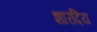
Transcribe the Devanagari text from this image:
शारदिय